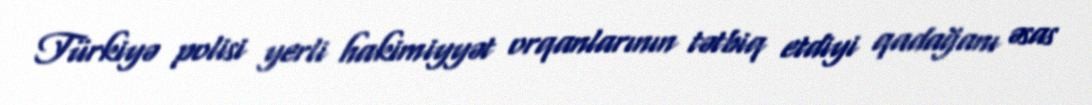
Türkiyə polisi yerli hakimiyyət orqanlarının tətbiq etdiyi qadağanı əsas